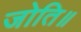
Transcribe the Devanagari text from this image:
जोति॥